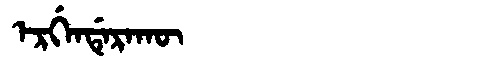
Manchu: ᡝᡵᡤᡝᠨᡩᡝᡵᠠᡴᡡ
Romanization: ERGENDERAKŪ